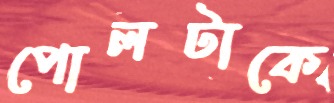
পোলটাকে